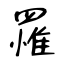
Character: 罹